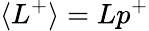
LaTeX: \langle L^{+}\rangle=Lp^{+}